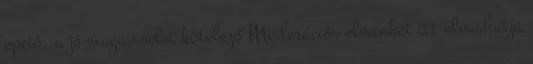
opció, a jó magaviselet kötelező Moderációs elveinket itt olvashatja